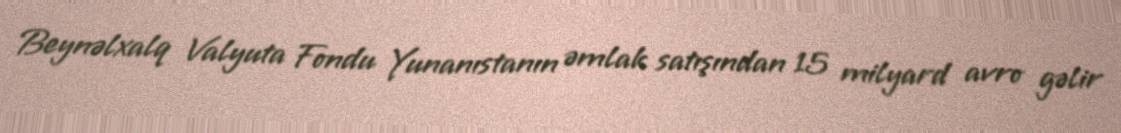
Beynəlxalq Valyuta Fondu Yunanıstanın əmlak satışından 15 milyard avro gəlir